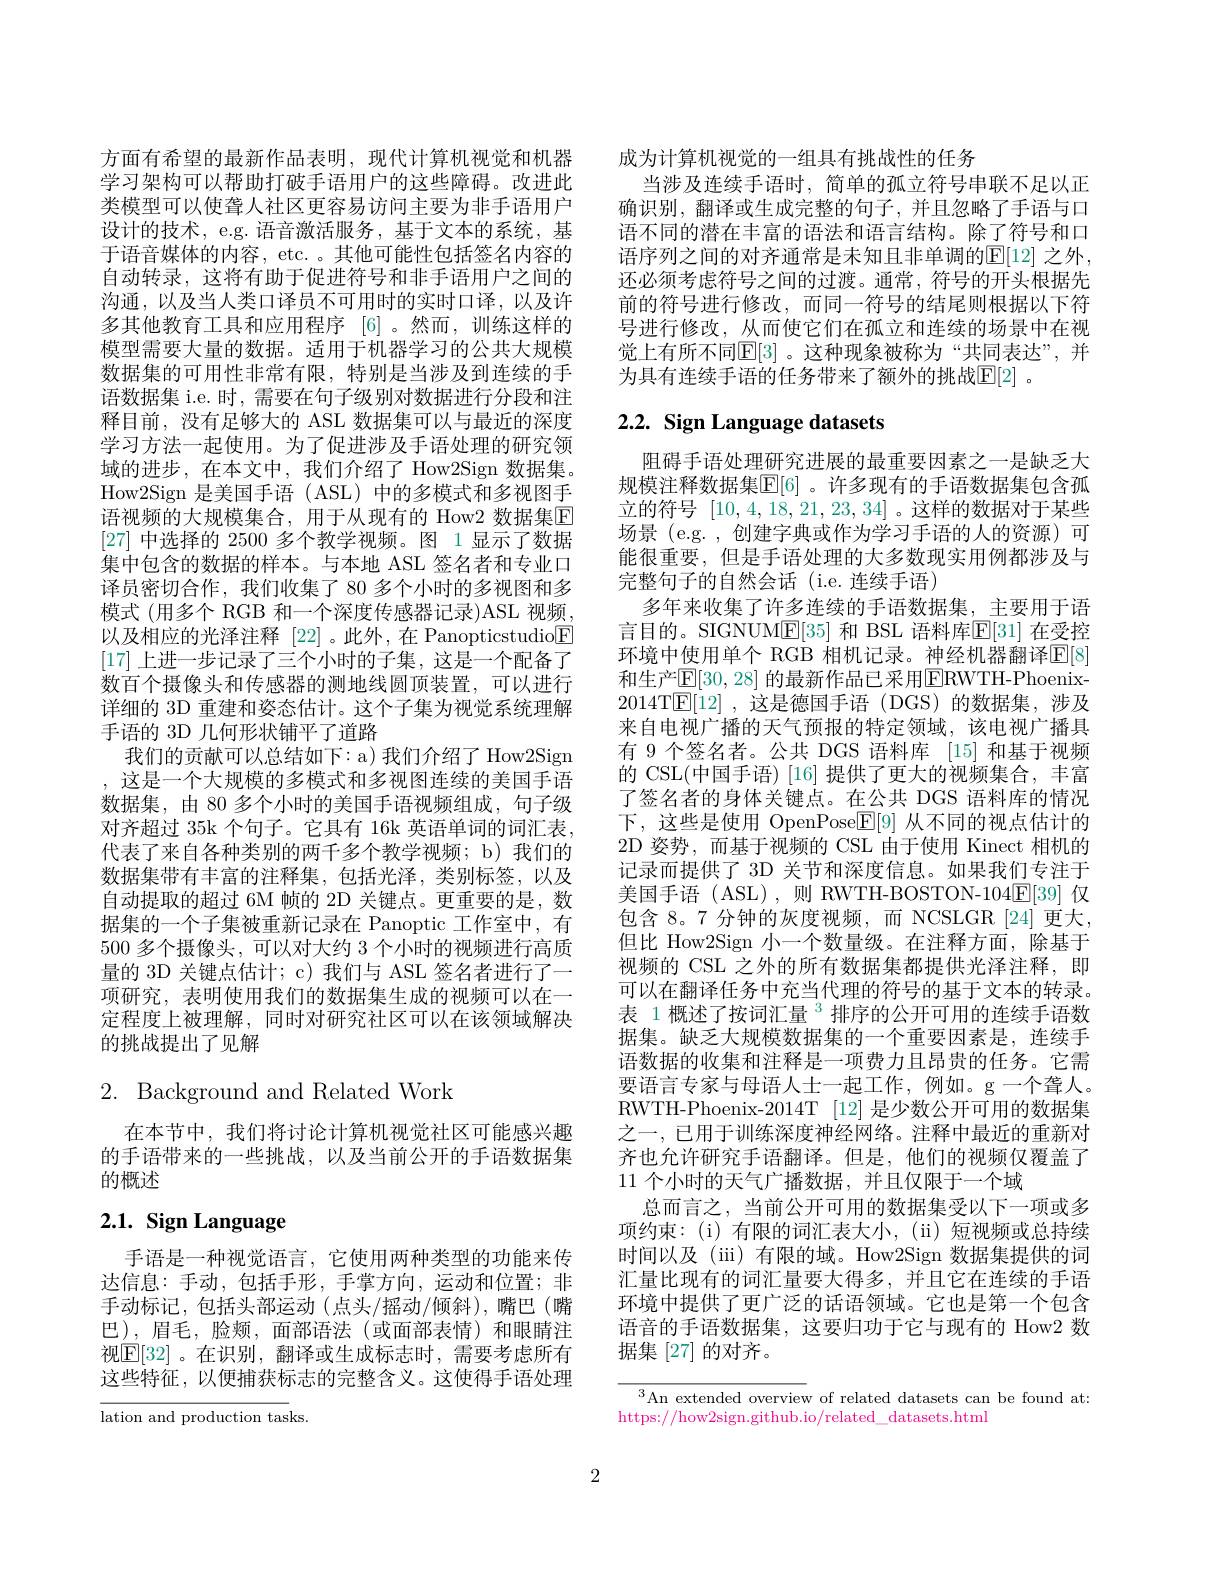
方面有希望的最新作品表明，现代计算机视觉和机器学习架构可以帮助打破手语用户的这些障碍。改进此类模型可以使聋人社区更容易访问主要为非手语用户设计的技术，e.g. 语音激活服务，基于文本的系统，基于语音媒体的内容，etc. 。其他可能性包括签名内容的自动转录，这将有助于促进符号和非手语用户之间的沟通，以及当人类口译员不可用时的实时口译，以及许多其他教育工具和应用程序 [6] 。然而，训练这样的模型需要大量的数据。适用于机器学习的公共大规模数据集的可用性非常有限，特别是当涉及到连续的手语数据集 i.e. 时，需要在句子级别对数据进行分段和注释目前，没有足够大的 ASL 数据集可以与最近的深度学习方法一起使用。为了促进涉及手语处理的研究领域的进步，在本文中，我们介绍了 How2Sign 数据集。How2Sign 是美国手语 (ASL) 中的多模式和多视图手语视频的大规模集合，用于从现有的 How2 数据集$\overline{\mathrm{F}}$ [27]中选择的 2500 多个教学视频。图 1 显示了数据集中包含的数据的样本。与本地 ASL 签名者和专业口译员密切合作，我们收集了 80 多个小时的多视图和多模式 (用多个 RGB 和一个深度传感器记录)ASL 视频， 以及相应的光泽注释[22]。此外，在 Panopticstudio$\underline{\mathrm{F}}$ [17]上进一步记录了三个小时的子集，这是一个配备了数百个摄像头和传感器的测地线圆顶装置，可以进行详细的 3D 重建和姿态估计。这个子集为视觉系统理解手语的 3D 几何形状铺平了道路
我们的贡献可以总结如下：a) 我们介绍了 How2Sign , 这是一个大规模的多模式和多视图连续的美国手语数据集，由 80 多个小时的美国手语视频组成，句子级对齐超过 35k 个句子。它具有 16k 英语单词的词汇表， 代表了来自各种类别的两千多个教学视频；b) 我们的数据集带有丰富的注释集，包括光泽，类别标签，以及自动提取的超过 6M 帧的 2D 关键点。更重要的是，数据集的一个子集被重新记录在 Panoptic 工作室中，有500 多个摄像头，可以对大约 3 个小时的视频进行高质量的 3D 关键点估计；c) 我们与 ASL 签名者进行了一项研究，表明使用我们的数据集生成的视频可以在一定程度上被理解，同时对研究社区可以在该领域解决的挑战提出了见解

# 2. Background and Related Work

在本节中，我们将讨论计算机视觉社区可能感兴趣的手语带来的一些挑战，以及当前公开的手语数据集的概述

# 2.1. Sign Language

手语是一种视觉语言，它使用两种类型的功能来传达信息：手动，包括手形，手掌方向，运动和位置；非手动标记，包括头部运动(点头/摇动/倾斜),嘴巴(嘴巴),眉毛，脸颊，面部语法(或面部表情)和眼睛注视$\boxed{\mathrm{E}[32]}$。在识别，翻译或生成标志时，需要考虑所有这些特征，以便捕获标志的完整含义。这使得手语处理

lation and production tasks

成为计算机视觉的一组具有挑战性的任务
当涉及连续手语时，简单的孤立符号串联不足以正确识别，翻译或生成完整的句子，并且忽略了手语与口语不同的潜在丰富的语法和语言结构。除了符号和口语序列之间的对齐通常是未知且非单调的$\mathbb{E}[12]$ 之外， 还必须考虑符号之间的过渡。通常，符号的开头根据先前的符号进行修改，而同一符号的结尾则根据以下符号进行修改，从而使它们在孤立和连续的场景中在视觉上有所不同$\mathbb{E}[3]$。这种现象被称为“共同表达”,并为具有连续手语的任务带来了额外的挑战$\mathbb{E}[2]$ 。

# 2.2. Sign Language datasets

阻碍手语处理研究进展的最重要因素之一是缺乏大规模注释数据集$\mathbb{E}[6]$ 。许多现有的手语数据集包含孤立的符号[10,4,18,21,23,34] 。这样的数据对于某些场景 (e.g. , 创建字典或作为学习手语的人的资源)可能很重要，但是手语处理的大多数现实用例都涉及与完整句子的自然会话(i.e.连续手语)
多年来收集了许多连续的手语数据集，主要用于语言目的。SIGNUM$\mathbb{E}[35]$ 和 BSL 语料库$\mathbb{E}[31]$ 在受控环境中使用单个 RGB 相机记录。神经机器翻译$\mathbb{E}[8]$ 和生产$\mathbb{E}[30,28]$ 的最新作品已采用$\mathbb{E}$RWTH-Phoenix- 2014T$\underline{\mathrm{E}}[12]$,这是德国手语(DGS)的数据集，涉及来自电视广播的天气预报的特定领域，该电视广播具有 9 个签名者。公共 DGS 语料库 [15] 和基于视频的 CSL(中国手语)[16] 提供了更大的视频集合，丰富了签名者的身体关键点。在公共 DGS 语料库的情况下，这些是使用 OpenPose$\mathbb{E}[9]$从不同的视点估计的2D 姿势，而基于视频的 CSL 由于使用 Kinect 相机的记录而提供了 3D 关节和深度信息。如果我们专注于美国手语 (ASL),则 RWTH-BOSTON-104E[ 39] 仅包含 8。7 分钟的灰度视频，而 NCSLGR [24] 更大， 但比 How2Sign 小一个数量级。在注释方面，除基于视频的 CSL 之外的所有数据集都提供光泽注释，即可以在翻译任务中充当代理的符号的基于文本的转录。表 1 概述了按词汇量 $^{3}$排序的公开可用的连续手语数据集。缺乏大规模数据集的一个重要因素是，连续手语数据的收集和注释是一项费力且昂贵的任务。它需要语言专家与母语人士一起工作，例如。g一个聋人。RWTH-Phoenix-2014T [12] 是少数公开可用的数据集之一，已用于训练深度神经网络。注释中最近的重新对齐也允许研究手语翻译。但是，他们的视频仅覆盖了11 个小时的天气广播数据，并且仅限于一个域
总而言之，当前公开可用的数据集受以下一项或多项约束：(i)有限的词汇表大小，(ii)短视频或总持续时间以及 (iii) 有限的域。How2Sign 数据集提供的词汇量比现有的词汇量要大得多，并且它在连续的手语环境中提供了更广泛的话语领域。它也是第一个包含语音的手语数据集，这要归功于它与现有的 How2 数据集[27]的对齐。

An extended overview of related datasets can be found at:
https://how2sign.github.io/related\_datasets.html

2